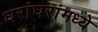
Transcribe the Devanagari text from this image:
घरांघरांमध्ये